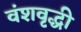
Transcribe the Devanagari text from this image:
वंशवृद्धी